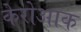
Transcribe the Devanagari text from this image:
केरोआक